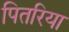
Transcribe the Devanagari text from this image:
पितरिया